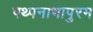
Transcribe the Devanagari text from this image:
पथ्पनाभापुरम